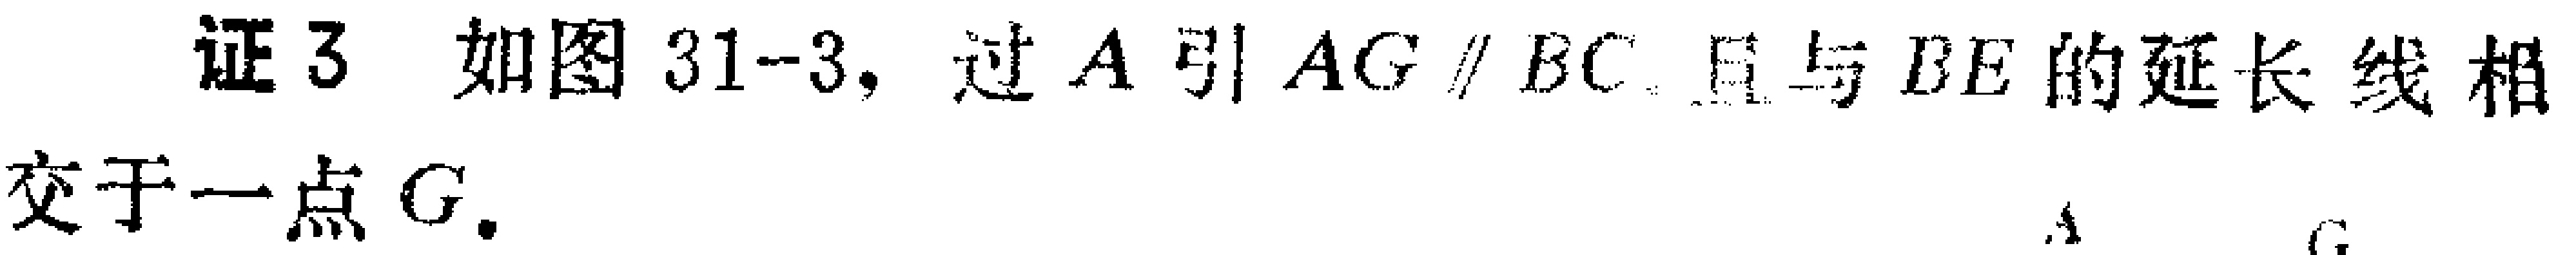
证3 如图31-3，过\(A\)引\(AG\parallel BC\)，且与\(BE\)的延长线相交于一点\(G\).